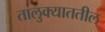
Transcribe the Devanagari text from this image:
तालुक्याततील